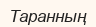
Таранның